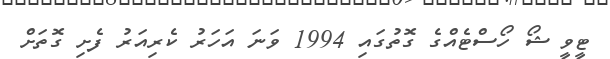
ޓީވީ ޝޯ ހޯސްޓެއްގެ ގޮތުގައި 1994 ވަނަ އަހަރު ކެރިއަރު ފެށި ގޮތަށް